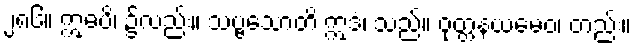
၂၈၆။ ဣဓပိ၊ ၌လည်း။ သဗ္ဗသောတိ ဣဒံ၊ သည်။ ဝုတ္တနယမေဝ၊ တည်း။